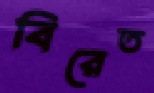
বিরেত